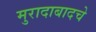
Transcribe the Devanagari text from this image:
मुरादाबादचे